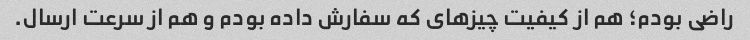
راضی بودم؛ هم از کیفیت چیزهای که سفارش داده بودم و هم از سرعت ارسال.